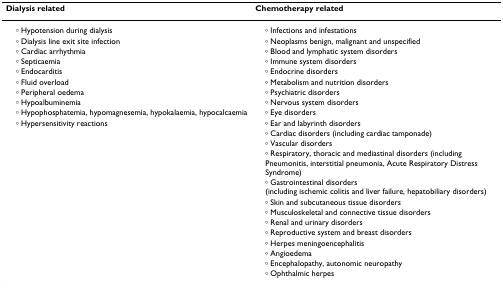
<table><thead><tr><td><b>Dialysis related</b></td><td><b>Chemotherapy related</b></td></tr></thead><tbody><tr><td> ∘ Hypotension during dialysis</td><td> ∘ Infections and infestations</td></tr><tr><td> ∘ Dialysis line exit site infection</td><td> ∘ Neoplasms benign, malignant and unspecified</td></tr><tr><td> ∘ Cardiac arrhythmia</td><td> ∘ Blood and lymphatic system disorders</td></tr><tr><td> ∘ Septicaemia</td><td> ∘ Immune system disorders</td></tr><tr><td> ∘ Endocarditis</td><td> ∘ Endocrine disorders</td></tr><tr><td> ∘ Fluid overload</td><td> ∘ Metabolism and nutrition disorders</td></tr><tr><td> ∘ Peripheral oedema</td><td> ∘ Psychiatric disorders</td></tr><tr><td> ∘ Hypoalbuminemia</td><td> ∘ Nervous system disorders</td></tr><tr><td> ∘ Hypophosphatemia, hypomagnesemia, hypokalaemia, hypocalcaemia</td><td> ∘ Eye disorders</td></tr><tr><td> ∘ Hypersensitivity reactions</td><td> ∘ Ear and labyrinth disorders</td></tr><tr><td></td><td> ∘ Cardiac disorders (including cardiac tamponade)</td></tr><tr><td></td><td> ∘ Vascular disorders</td></tr><tr><td></td><td> ∘ Respiratory, thoracic and mediastinal disorders (including Pneumonitis, interstitial pneumonia, Acute Respiratory Distress Syndrome)</td></tr><tr><td></td><td> ∘ Gastrointestinal disorders (including ischemic colitis and liver failure, hepatobiliary disorders)</td></tr><tr><td></td><td> ∘ Skin and subcutaneous tissue disorders</td></tr><tr><td></td><td> ∘ Musculoskeletal and connective tissue disorders</td></tr><tr><td></td><td> ∘ Renal and urinary disorders</td></tr><tr><td></td><td> ∘ Reproductive system and breast disorders</td></tr><tr><td></td><td> ∘ Herpes meningoencephalitis</td></tr><tr><td></td><td> ∘ Angioedema</td></tr><tr><td></td><td> ∘ Encephalopathy, autonomic neuropathy</td></tr><tr><td></td><td> ∘ Ophthalmic herpes</td></tr></tbody></table>